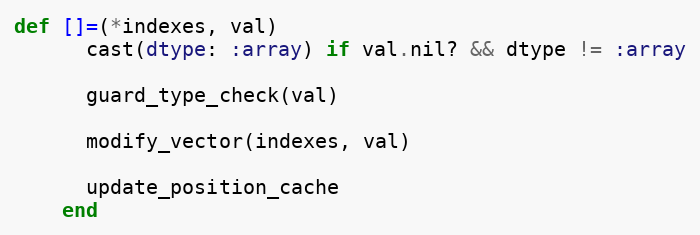
Language: Ruby
def []=(*indexes, val)
      cast(dtype: :array) if val.nil? && dtype != :array

      guard_type_check(val)

      modify_vector(indexes, val)

      update_position_cache
    end